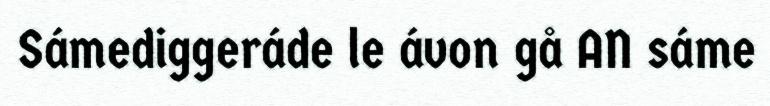
Sámediggeráde le ávon gå AN sáme